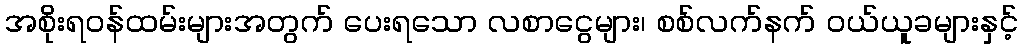
အစိုးရဝန်ထမ်းများအတွက် ပေးရသော လစာငွေများ၊ စစ်လက်နက် ဝယ်ယူခများနှင့်